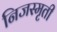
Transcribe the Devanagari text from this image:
निजस्मृती